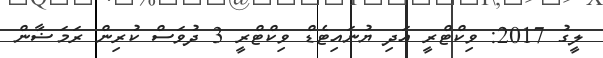
ލީގު 2017: ވިކްޓްރީ އަދި ޔުނައިޓެޑް ވިކްޓްރީ 3 ދުވަސް ކުރިން ރަމަޟާން